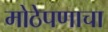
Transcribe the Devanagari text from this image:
मोठेपणाचा